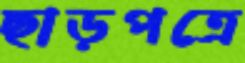
ছাড়পত্রে